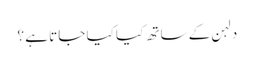
دلہن کے ساتھ کیا کیا جاتا ہے ؟